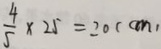
\frac { 4 } { 5 } \times 2 5 = 2 0 ( c m